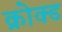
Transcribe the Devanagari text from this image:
क्रोक्ड